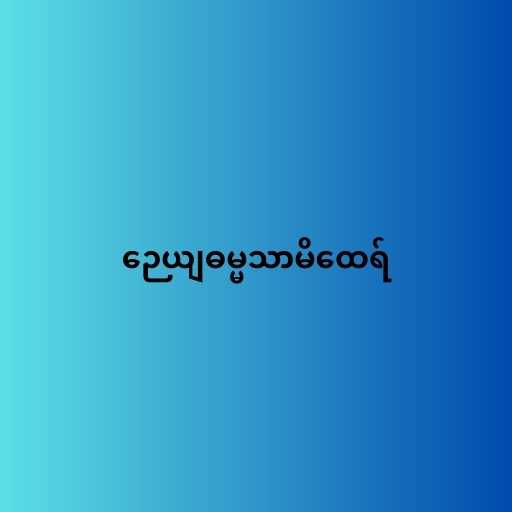
ဉေယျဓမ္မသာမိထေရ်